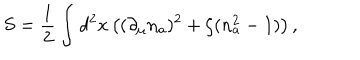
LaTeX: S = \frac { 1 } { 2 } \int d ^ { 2 } x \left( ( \partial _ { \mu } n _ { a } ) ^ { 2 } + \zeta ( n _ { a } ^ { 2 } - 1 ) \right) ,